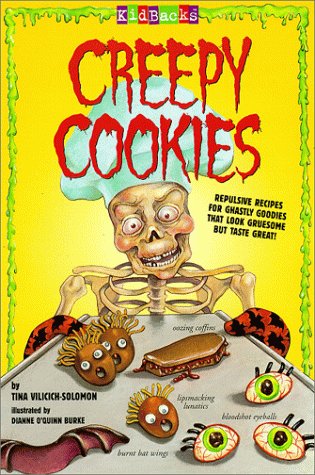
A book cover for Creepy Cookies (Kidbacks); Tina Vilicich-Solomon; Cookbooks, Food & Wine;